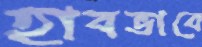
হাবভাবে